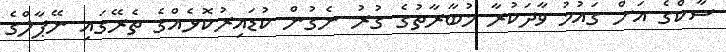
ސާކްގެ އަށް ގައުމު ވާދަކުރާ މުބާރާތުގެ ގުރު ނެގުން ކުޑައިރުކޮޅެއްގެ ތެރޭގައި ނޭޕާލްގެ